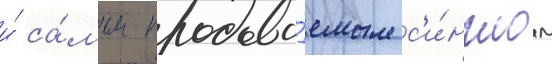
и́ са́мым продава́емым с'и́нглом